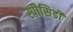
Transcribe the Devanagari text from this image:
स्पीसिडी